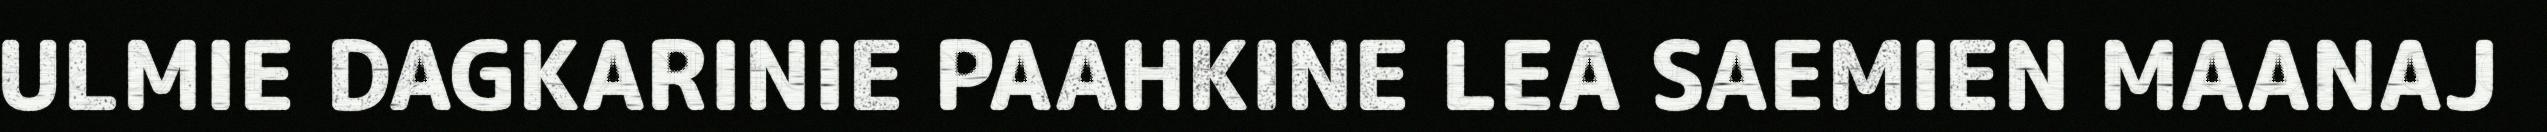
ULMIE DAGKARINIE PAAHKINE LEA SAEMIEN MAANAJ